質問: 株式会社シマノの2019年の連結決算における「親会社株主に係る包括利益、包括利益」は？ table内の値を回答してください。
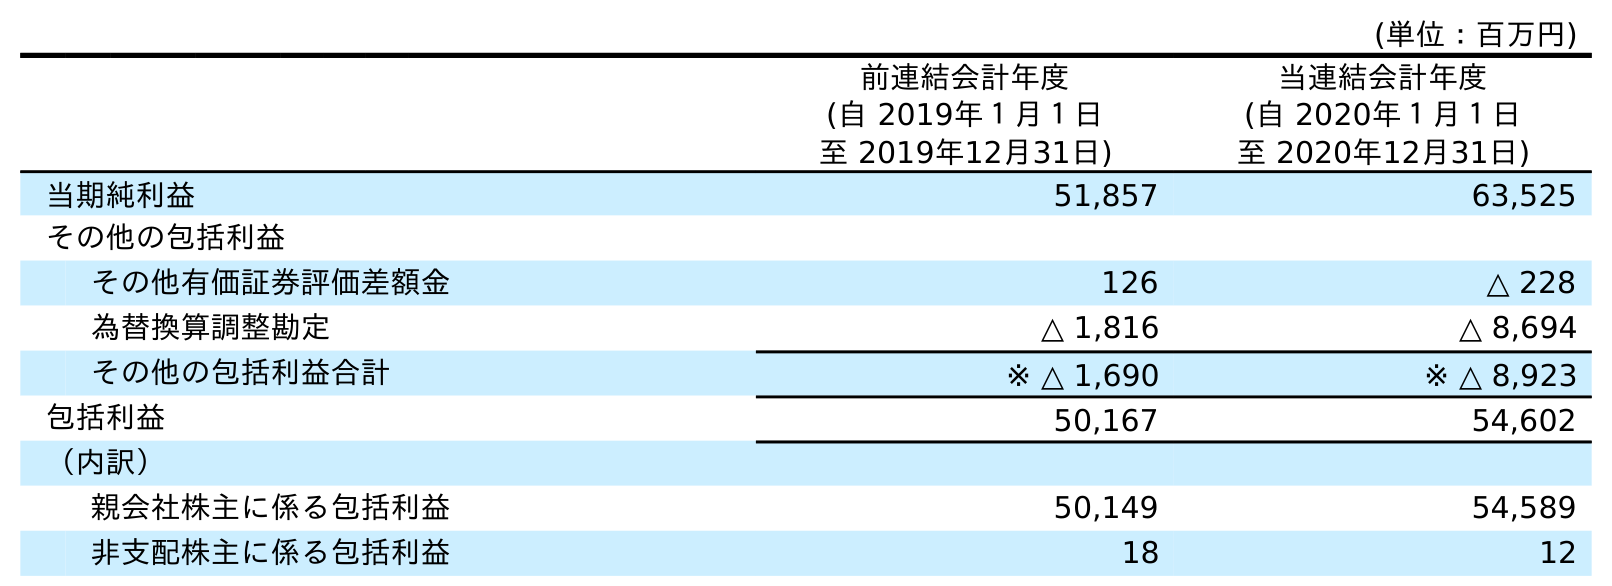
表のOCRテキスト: (単位：百万円) 前連結会計年度 (自 2019年１月１日 至 2019年12月31日) 当連結会計年度 (自 2020年１月１日 至 2020年12月31日) 当期純利益 51,857 63,525 その他の包括利益 その他有価証券評価差額金 126 △ 228 為替換算調整勘定 △ 1,816 △ 8,694 その他の包括利益合計 ※ △ 1,690 ※ △ 8,923 包括利益 50,167 54,602 （内訳） 親会社株主に係る包括利益 50,149 54,589 非支配株主に係る包括利益 18 12
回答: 50,149